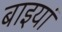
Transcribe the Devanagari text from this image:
बाइयां